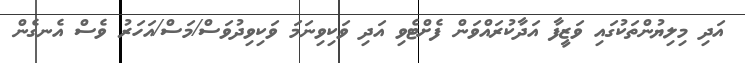
އަދި މިލިޔުންތަކުގައި ވަޒީފާ އަދާކުރައްވަން ފެށްޓެވި އަދި ވަކިވިނަމަ ވަކިވިދުވަސް/މަސް/އަހަރު ވެސް އެނގެން